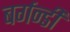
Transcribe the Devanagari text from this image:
बर्गन्डी